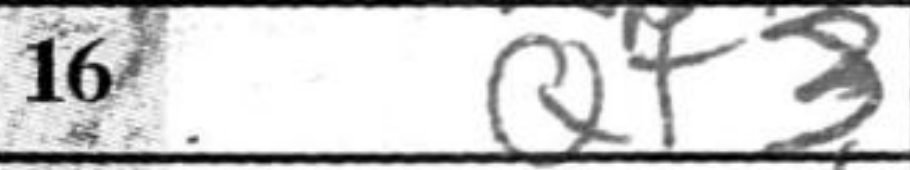
Transcription: Qf3